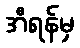
အီရန်မှ